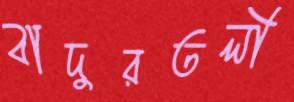
বাদুরতলী